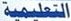
التعلیمیة